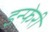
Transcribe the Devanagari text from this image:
इन्फेरी